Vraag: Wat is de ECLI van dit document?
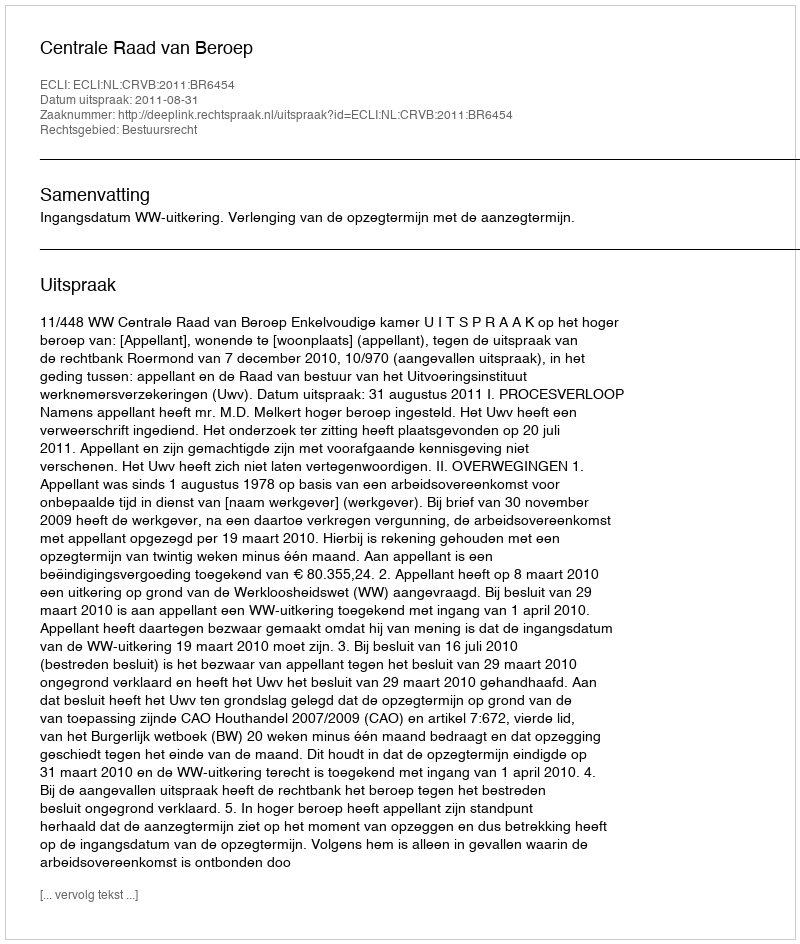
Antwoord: ECLI:NL:CRVB:2011:BR6454